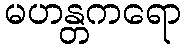
မဟန္တကရော